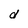
Character: d